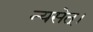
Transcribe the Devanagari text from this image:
न्यसेत्‌।